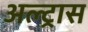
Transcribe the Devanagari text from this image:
अल्ट्रास